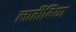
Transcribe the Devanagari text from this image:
लातीविया